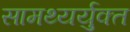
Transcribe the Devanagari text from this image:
सामथ्यर्युक्त